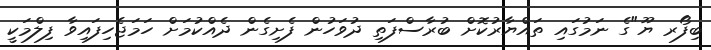
ބިފޯރ ޔޫ"ގެ ނަމުގައި ތައްޔާރުކޮށް ބުރާސްފަތި ދުވަހުން ފެށިގެން ދެއްކުމަށް ހަމަޖެހިފައިވާ ފިލްމަކީ